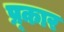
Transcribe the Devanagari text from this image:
प्र्कार